Annual report of the Imperial Bacteriologist
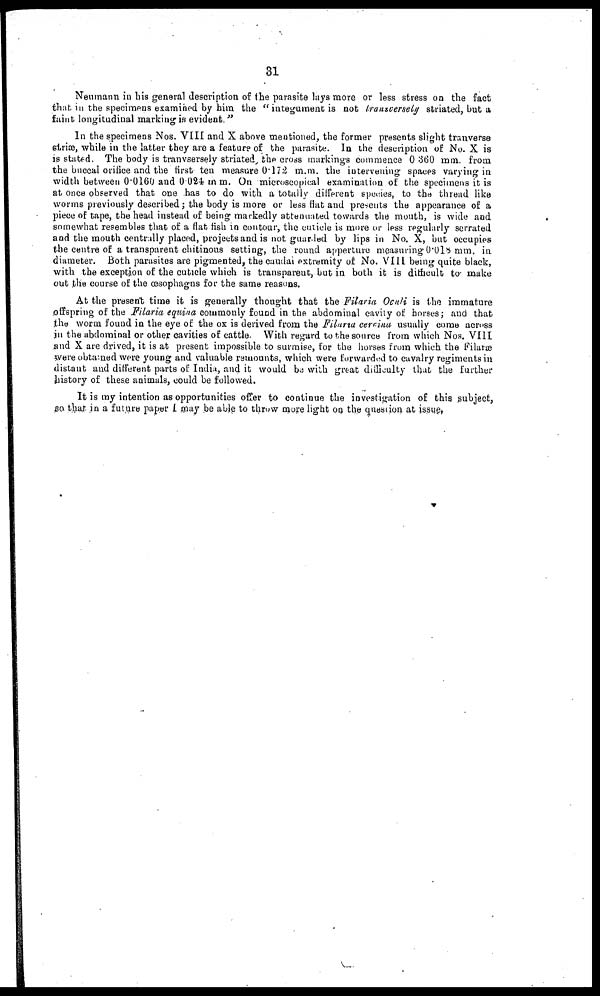
31
Neumann in his general description of the parasite lays more or less stress on the fact
that in the specimens examined by him the " integument is not transversely striated, but a
faint longitudinal marking is evident."
In the specimens Nos. VIII and X above mentioned, the former presents slight tranverse
striæ, while in the latter they are a feature of the parasite. In the description of No. X is
is stated. The body is tranvsersely striated, the cross markings commence 0.360 mm. from
the buccal orifice and the first ten measure 0.172 m.m. the intervening spaces varying in
width between 0.0160 and 0.024 m m. On microscopical examination of the specimens it is
at once observed that one has to do with a totally different species, to the thread like
worms previously described; the body is more or less flat and presents the appearance of a
piece of tape, the head instead of being markedly attenuated towards the mouth, is wide and
somewhat resembles that of a flat fish in contour, the cuticle is more or less regularly serrated
and the mouth centrally placed, projects and is not guarded by lips in No.X, but occupies
the centre of a transparent chitinous setting, the round apperture measuring 0.018 mm. in
diameter. Both parasites are pigmented, the caudal extremity of No. VIII being quite black,
with the exception of the cuticle which is transparent, but in both it is difficult to make
out the course of the œsophagus for the same reasons.
At the present time it is generally thought that the Filaria Oculi is the immature
offspring of the Filaria equina commonly found in the abdominal cavity of horses; and that
the worm found in the eye of the ox is derived from the Filaria cervina usually come across
in the abdominal or other cavities of cattle. With regard to the source from which Nos. VIII
and X are drived, it is at present impossible to surmise, for the horses from which the Filaræ
were obtained were young and valuable remounts, which were forwarded to cavalry regiments in
distant and different parts of India, and it would be with great difficulty that the further
history of these animals, could be followed.
It is my intention as opportunities offer to continue the investigation of this subject,
so that in a future paper I may be able to throw more light on the question at issue.